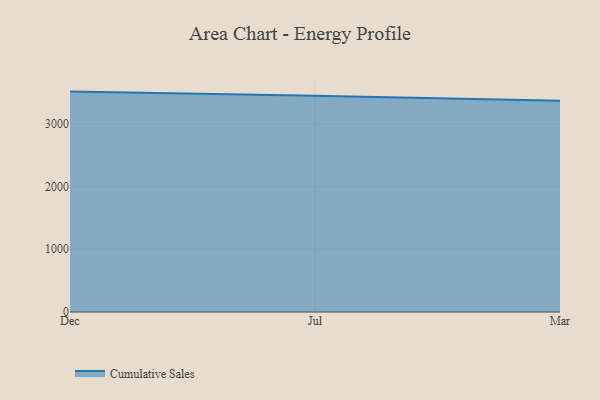
{"axis": {"x": "Month", "y": "Demand Index"}, "legend": ["Cumulative Sales"], "data": [{"x": "Dec", "y": 3514.8, "type": "Cumulative Sales"}, {"x": "Jul", "y": 3448.8, "type": "Cumulative Sales"}, {"x": "Mar", "y": 3368.8, "type": "Cumulative Sales"}]}